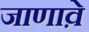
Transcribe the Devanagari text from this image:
जाणावे़